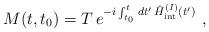
LaTeX: \begin{align*}M(t,t_0)=T\,e^{-i\int_{t_0}^t\,dt'\,\hat{H}^{(I)}_{\rm int}(t')}\ ,\end{align*}